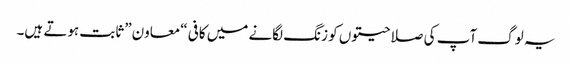
یہ لوگ آپ کی صلاحیتوں کو زنگ لگانے میں کافی “معاون” ثابت ہوتے ہیں۔